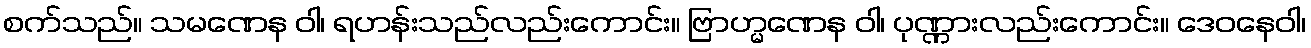
စက်သည်။ သမဏေန ဝါ၊ ရဟန်းသည်လည်းကောင်း။ ဗြာဟ္မဏေန ဝါ၊ ပုဏ္ဏားလည်းကောင်း။ ဒေဝနေဝါ၊